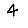
Digit: 4